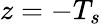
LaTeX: z=-T_{s}